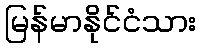
မြန်မာနိုင်ငံသား